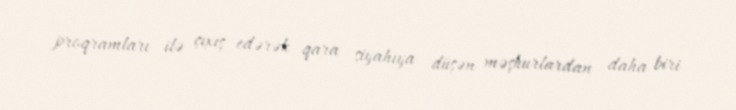
proqramları ilə çıxış edərək qara siyahıya düşən məşhurlardan daha biri